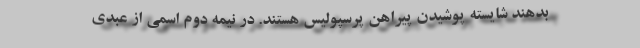
بدهند شایسته پوشیدن پیراهن پرسپولیس هستند. در نیمه دوم اسمی از عبدی